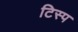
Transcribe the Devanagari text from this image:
टिस्प